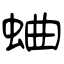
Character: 蛐